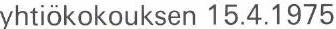
yhtiökokouksen 15.4.1975